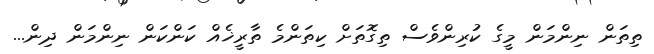
ތިތަން ނިންމަން މީގެ ކުރިންވެސް ތިގޮތަށް ކިތަންމެ ތާރީޚެއް ކަންކަން ނިންމަން ދިން...